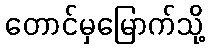
တောင်မှမြောက်သို့